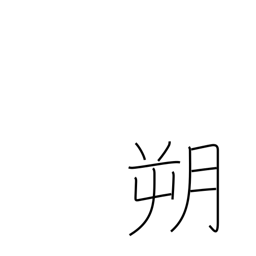
Meaning: north